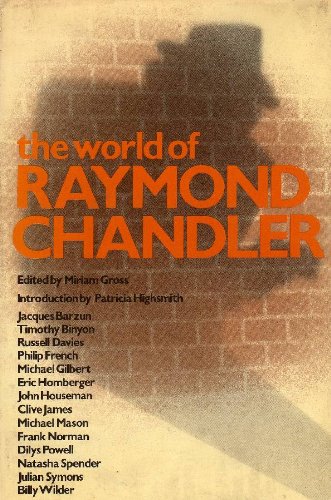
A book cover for World of Raymond Chandler; Mystery, Thriller & Suspense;